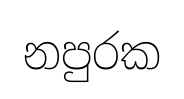
නපුරක